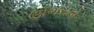
ઊભરાતો